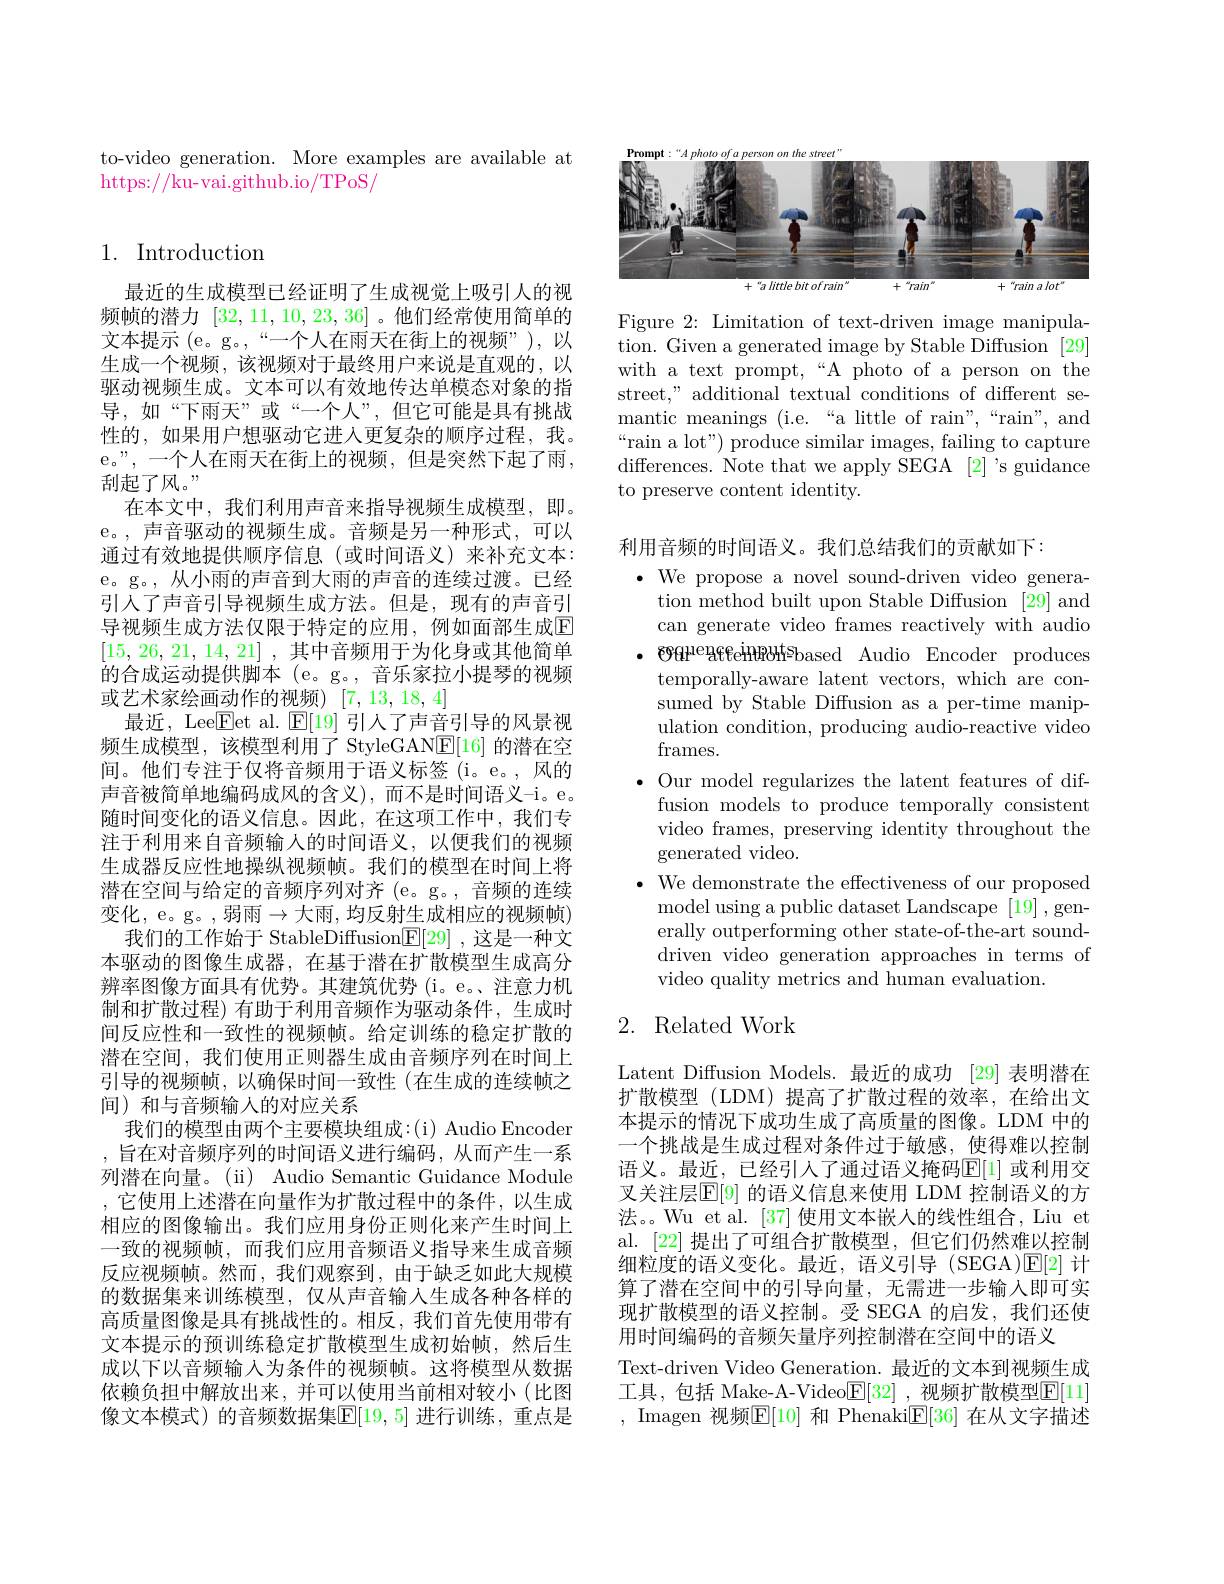
to-video generation. More examples are available at
https://ku-vai.github.io/TPoS/

## 1. Introduction

最近的生成模型已经证明了生成视觉上吸引人的视频帧的潜力[32,11,10,23,36] 。他们经常使用简单的文本提示(e。g。,“一个人在雨天在街上的视频”),以生成一个视频，该视频对于最终用户来说是直观的，以驱动视频生成。文本可以有效地传达单模态对象的指导，如“下雨天”或“一个人”,但它可能是具有挑战性的，如果用户想驱动它进入更复杂的顺序过程，我。e。”,一个人在雨天在街上的视频，但是突然下起了雨， 刮起了风。
在本文中，我们利用声音来指导视频生成模型，即。e。,声音驱动的视频生成。音频是另一种形式，可以通过有效地提供顺序信息(或时间语义)来补充文本： e。g。,从小雨的声音到大雨的声音的连续过渡。已经引入了声音引导视频生成方法。但是，现有的声音引导视频生成方法仅限于特定的应用，例如面部生成$\overline{\mathrm{E}}$ [15,26,21,14,21] ,其中音频用于为化身或其他简单的合成运动提供脚本 (e。g。, 音乐家拉小提琴的视频或艺术家绘画动作的视频)[7,13,18,4]
最近，Lee$\overline{\mathrm{F}}$et al. $\mathbb{E}[19]$引人了声音引导的风景视频生成模型，该模型利用了 StyleGAN$\underline{\mathrm{E}}[16]$的潜在空间。他们专注于仅将音频用于语义标签(i。e。,风的声音被简单地编码成风的含义),而不是时间语义-i。e。随时间变化的语义信息。因此，在这项工作中，我们专注于利用来自音频输入的时间语义，以便我们的视频生成器反应性地操纵视频帧。我们的模型在时间上将潜在空间与给定的音频序列对齐 (e。g。, 音频的连续变化，e。g。,弱雨$\to$大雨，均反射生成相应的视频帧)
我们的工作始于 StableDiffusion$\underline{\mathbb{E}}[29]$ ,这是一种文本驱动的图像生成器，在基于潜在扩散模型生成高分辨率图像方面具有优势。其建筑优势 (i。e。、注意力机制和扩散过程)有助于利用音频作为驱动条件，生成时间反应性和一致性的视频帧。给定训练的稳定扩散的潜在空间，我们使用正则器生成由音频序列在时间上引导的视频帧，以确保时间一致性(在生成的连续帧之间)和与音频输入的对应关系
我们的模型由两个主要模块组成：(i) Audio Encoder ,旨在对音频序列的时间语义进行编码，从而产生一系列潜在向量。(ii) Audio Semantic Guidance Module ,它使用上述潜在向量作为扩散过程中的条件，以生成相应的图像输出。我们应用身份正则化来产生时间上一致的视频帧，而我们应用音频语义指导来生成音频反应视频帧。然而，我们观察到，由于缺乏如此大规模的数据集来训练模型，仅从声音输入生成各种各样的高质量图像是具有挑战性的。相反，我们首先使用带有文本提示的预训练稳定扩散模型生成初始帧，然后生成以下以音频输入为条件的视频帧。这将模型从数据依赖负担中解放出来，并可以使用当前相对较小(比图像文本模式)的音频数据集$\boxed{\mathbb{F}}[19,5]$ 进行训练，重点是

<FigureHere>

Figure 2: Limitation of text-driven image manipulation. Given a generated image by Stable Diffusion [29] with a text prompt,“A photo of a person on the street," additional textual conditions of different semantic meanings (i.e.“a little of rain",“rain”, and “rain a lot") produce similar images, failing to capture differences. Note that we apply SEGA [2] 's guidance to preserve content identity.

利用音频的时间语义。我们总结我们的贡献如下：
$\cdot$ We propose a novel sound-driven video genera-
tion method built upon Stable Diffusion [29] and can generate video frames reactively with audio
$\cdot$ 996HenfeHBbhsbased Audio Encoder produces
temporally-aware latent vectors, which are consumed by Stable Diffusion as a per-time manipulation condition, producing audio-reactive video frames.
$\bullet$ Our model regularizes the latent features of diffusion models to produce temporally consistent video frames, preserving identity throughout the generated video.
$\bullet$ We demonstrate the effectiveness of our proposed model using a public dataset Landscape [19] , generally outperforming other state-of-the-art sounddriven video generation approaches in terms of video quality metrics and human evaluation.

## 2. Related Work

Latent Diffusion Models.最近的成功 [29] 表明潜在扩散模型 (LDM)提高了扩散过程的效率，在给出文本提示的情况下成功生成了高质量的图像。LDM 中的一个挑战是生成过程对条件过于敏感，使得难以控制语义。最近，已经引人了通过语义掩码$\overline{\mathrm{E}}[1]$ 或利用交叉关注层$\mathbb{E}[9]$ 的语义信息来使用 LDM 控制语义的方法。。Wu et al. [37] 使用文本嵌入的线性组合，Liu et al. [22] 提出了可组合扩散模型，但它们仍然难以控制细粒度的语义变化。最近，语义引导(SEGA)$\mathbb{E}[2]$计算了潜在空间中的引导向量，无需进一步输入即可实现扩散模型的语义控制。受 SEGA 的启发，我们还使用时间编码的音频矢量序列控制潜在空间中的语义
Text-driven Video Generation. 最近的文本到视频生成工具，包括 Make-A-Video$\underline{\mathrm{E}}[32]$,视频扩散模型$\underline{\mathrm{E}}[11]$ , Imagen 视频$\boxed{\mathrm{E}}[10]$ 和 Phenaki$\mathbb{E}[36]$ 在从文字描述